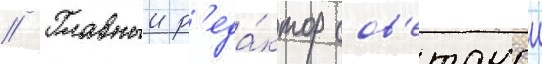
// Главныи р'еда́ктор сов'етскои